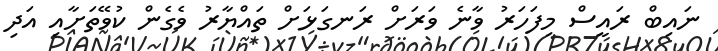
ނައިބް ރައީސް މިފަހަރު ވާނެ ވަރަށް ރަނގަޅަށް ތައްޔާރު ވެގެން ކުވޭތަށާއި އަދި